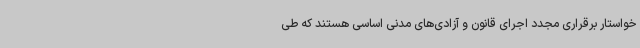
خواستار برقراری مجدد اجرای قانون و آزادی‌های مدنی اساسی هستند که طی